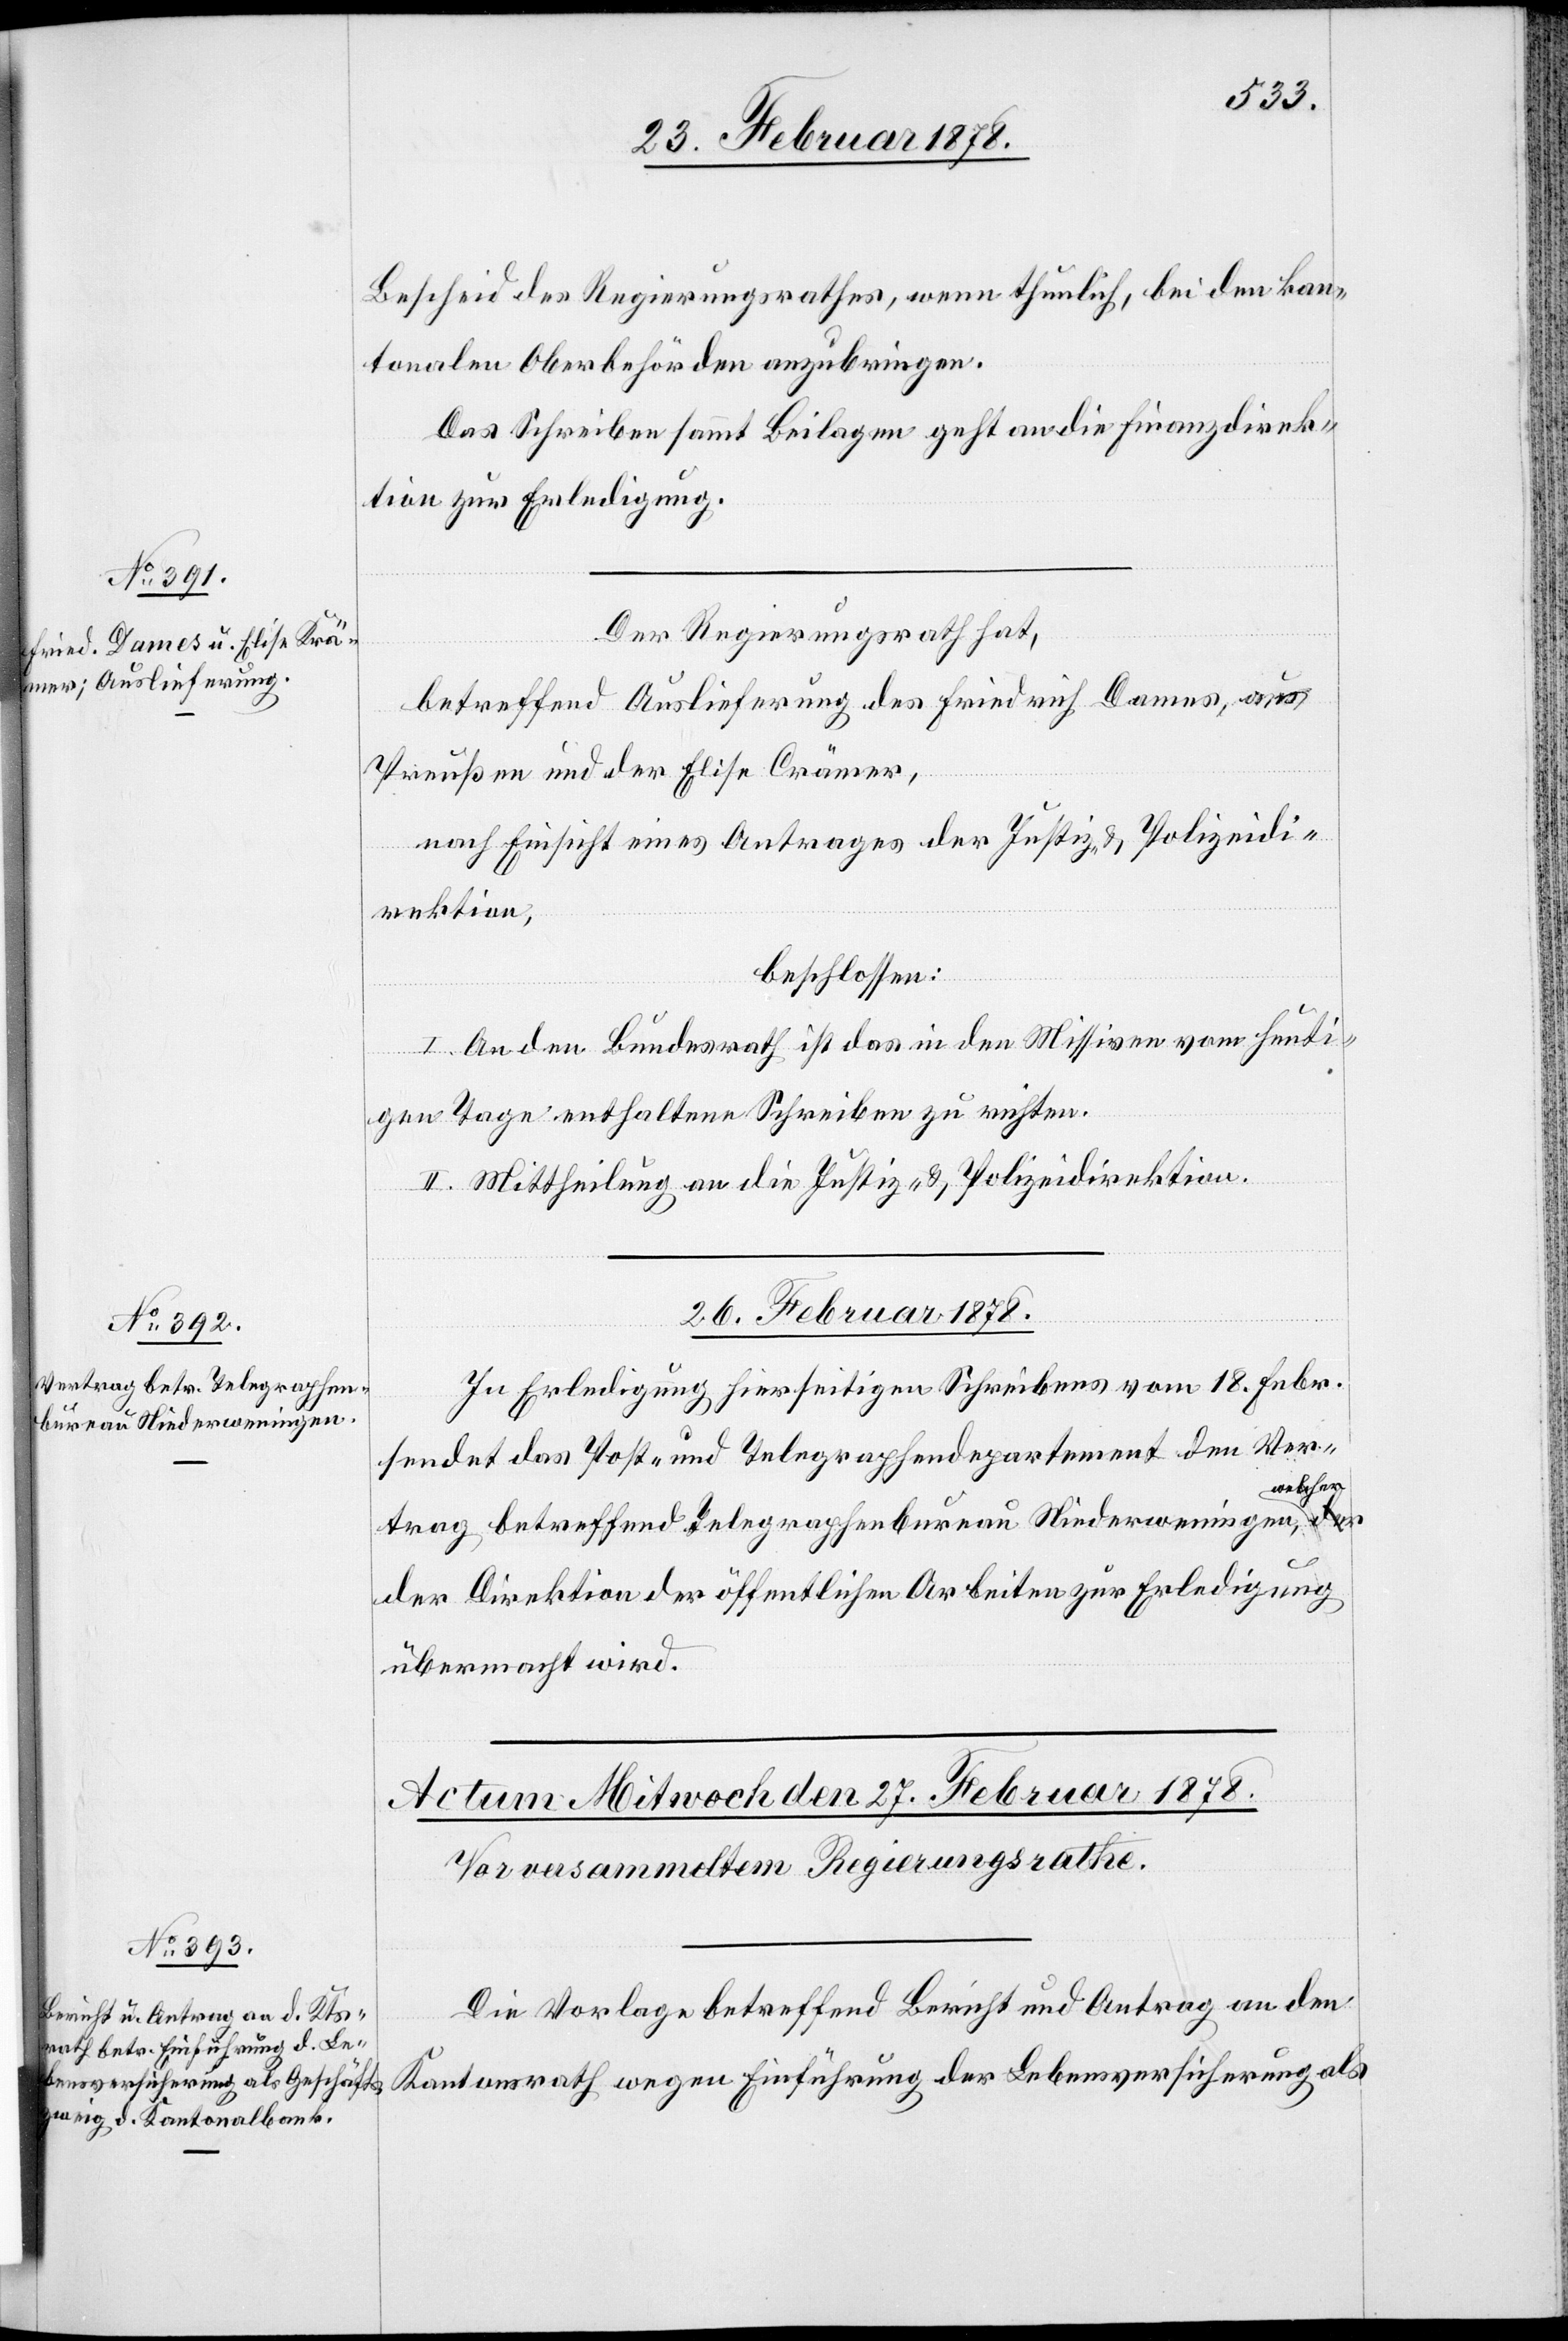
25. Februar 1878.]
Bescheid des Regierungsrathes, wenn thunlich, bei den kan¬
tonalen Oberbehörden anzubringen.
Das Schreiben sammt Beilagen geht an die Finanzdirek¬
tion zur Erledigung.
Der Regierungsrath hat,
betreffend Auslieferung des Friedrich Dames, aus
Preußen und der Elise Crämer
nach Einsicht eines Antrages der Justiz- & Polizeidi¬
rektion,
beschlossen:
I. An den Bundesrath ist das in den Missiven vom heuti¬
gen Tage enthaltene Schreiben zu richten.
II. Mittheilung an die Justiz- & Polizeidirektion.
26. Februar 1878.
In Erledigung hierseitigen Schreibens vom 18. Febr.
sendet das Post- und Telegraphendepartement den Ver¬
lcher
trag betreffend Telegraphenbureau Niederweningen, we¬
der Direktion der öffentlichen Arbeiten zur Erledigung
übermacht wird.
Die Vorlage betreffend Bericht und Antrag an den
Kantonsrath wegen Einführung der Lebensversicherung als